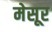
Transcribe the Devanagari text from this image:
मेसूर